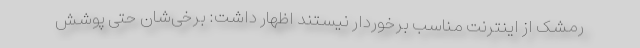
رمشک از اینترنت مناسب برخوردار نیستند اظهار داشت: برخی‌شان حتی پوشش